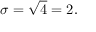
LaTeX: \sigma = { \sqrt { 4 } } = 2 .